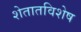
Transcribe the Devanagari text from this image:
शेतातविशेष